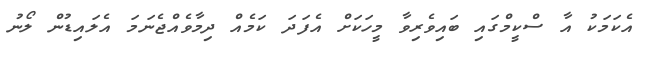
އެކަމަކު އާ ސްކީމްގައި ބައިވެރިވާ މީހަކަށް އެފަދަ ކަމެއް ދިމާވެއްޖެނަމަ އެލައިޑުން ލޯނު